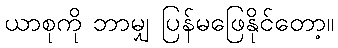
ယာစုကို ဘာမျှ ပြန်မဖြေနိုင်တော့။